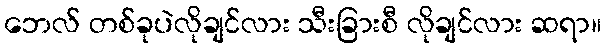
ဘေလ် တစ်ခုပဲလိုချင်လား သီးခြားစီ လိုချင်လား ဆရာ။